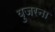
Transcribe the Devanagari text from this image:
युजरना